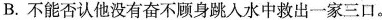
B.不能否认他没有奋不顾身跳入水中救出一家三口。